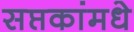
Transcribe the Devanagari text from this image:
सप्तकांमधे